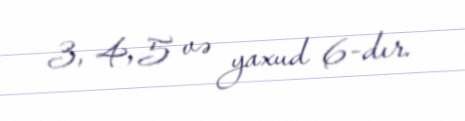
3, 4, 5 və yaxud 6-dır.